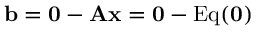
\mathbf { b } = \mathbf { 0 } - \mathbf { A x } = \mathbf { 0 } - \mathrm { E q } ( \mathbf { 0 } )